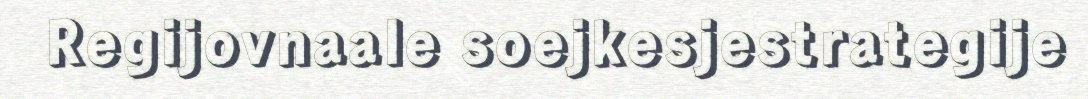
Regijovnaale soejkesjestrategije